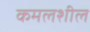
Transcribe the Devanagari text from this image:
कमलशील